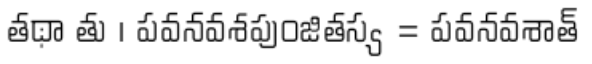
తథా తు । పవనవశపుంజితస్య = పవనవశాత్